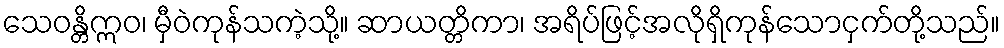
သေဝန္တိဣဝ၊ မှီဝဲကုန်သကဲ့သို့။ ဆာယတ္တိကာ၊ အရိပ်ဖြင့်အလိုရှိကုန်သောငှက်တို့သည်။